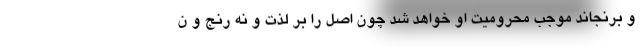
و برنجاند موجب محرومیت او خواهد شد چون اصل را بر لذت و نه رنج و ن